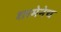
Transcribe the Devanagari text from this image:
शरमेनेच